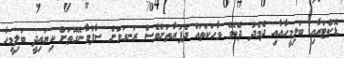
ޑޮކްޓަރާއި ބަލިމީހާއާއި ދެމެދު ދެކެވޭ ވާހަކަތައް ދެފަރާތަށްވެސް ރަނގަޅަށް ސާފުވާނޭގޮތަށް ކިޔައިދީ ބަލިމީހާ